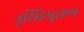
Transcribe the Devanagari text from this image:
नृसिंहपुराण